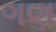
ગણ